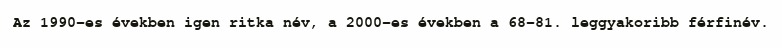
Az 1990-es években igen ritka név, a 2000-es években a 68-81. leggyakoribb férfinév.